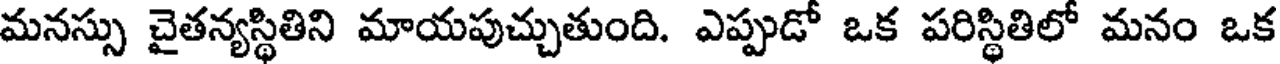
మనస్సు చైతన్యస్థితిని మాయపుచ్చుతుంది. ఎప్పుడో ఒక పరిస్థితిలో మనం ఒక